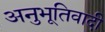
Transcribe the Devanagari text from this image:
अनुभूतिवादी